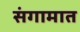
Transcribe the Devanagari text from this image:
संगामात